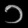
Digit: ၁